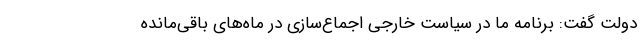
دولت گفت: برنامه ما در سیاست خارجی اجماع‌سازی در ماه‌های باقی‌مانده